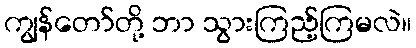
ကျွန်တော်တို့ ဘာ သွားကြည့်ကြမလဲ။